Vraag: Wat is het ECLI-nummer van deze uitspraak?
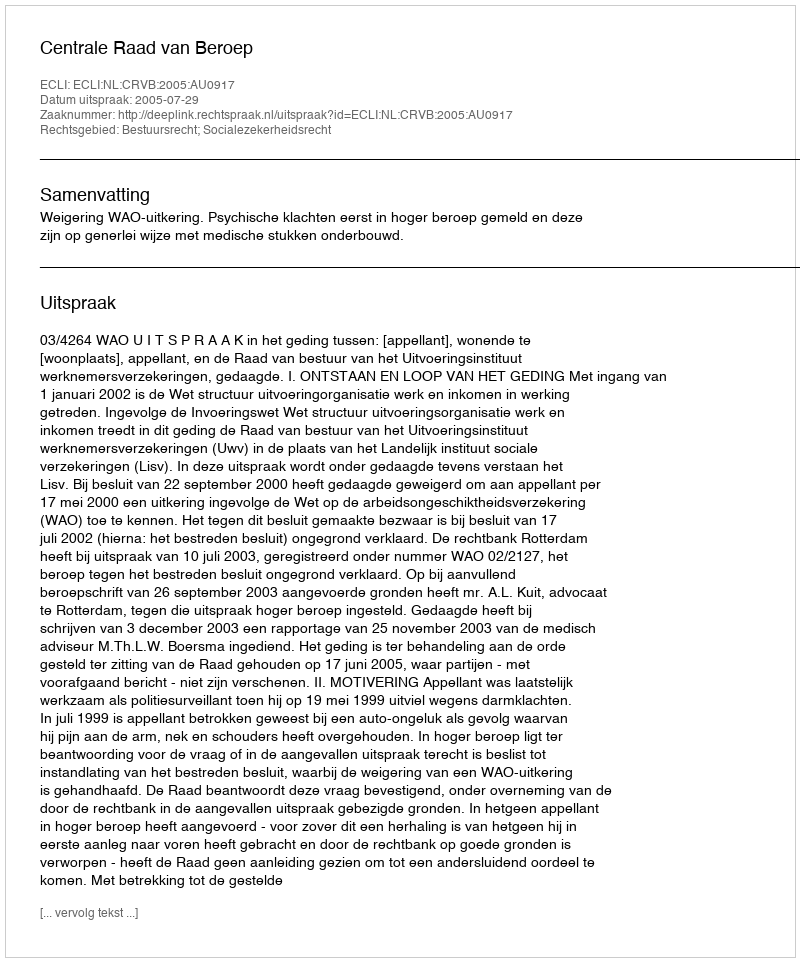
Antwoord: ECLI:NL:CRVB:2005:AU0917